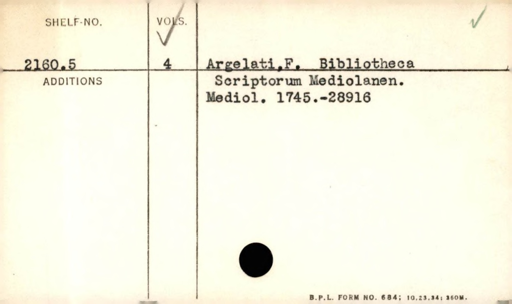
Label: content